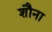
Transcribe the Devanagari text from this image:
शौना